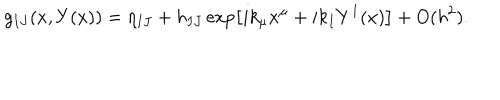
LaTeX: g _ { I J } ( x , Y ( x ) ) = \eta _ { I J } + h _ { I J } \exp \left[ i k _ { \mu } x ^ { \mu } + i k _ { I } Y ^ { I } ( x ) \right] + O ( h ^ { 2 } ) .